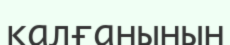
қалғанынын